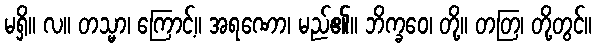
မရှိ။ လ။ တသ္မာ၊ ကြောင့်။ အရဏော၊ မည်၏။ ဘိက္ခဝေ၊ တို့။ တတြ၊ တို့တွင်။